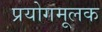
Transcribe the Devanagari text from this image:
प्रयोगमूलक